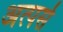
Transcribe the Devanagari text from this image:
अत्पसे